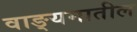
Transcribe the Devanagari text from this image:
वाङ्यमातील